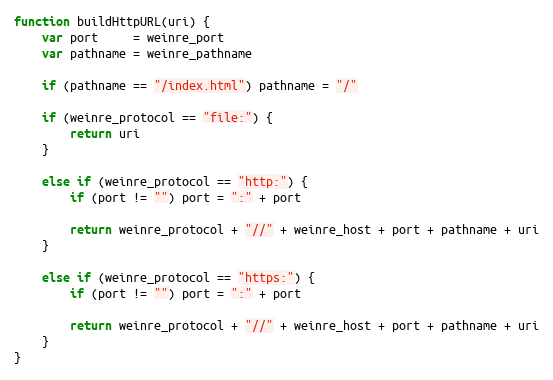
Language: JavaScript
function buildHttpURL(uri) {
    var port     = weinre_port
    var pathname = weinre_pathname

    if (pathname == "/index.html") pathname = "/"

    if (weinre_protocol == "file:") {
        return uri
    }

    else if (weinre_protocol == "http:") {
        if (port != "") port = ":" + port

        return weinre_protocol + "//" + weinre_host + port + pathname + uri
    }

    else if (weinre_protocol == "https:") {
        if (port != "") port = ":" + port

        return weinre_protocol + "//" + weinre_host + port + pathname + uri
    }
}